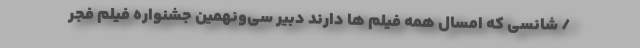
/ شانسی که امسال همه فیلم ها دارند دبیر سی‌ونهمین جشنواره فیلم فجر